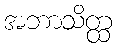
အဘာသိတ္ထ